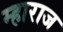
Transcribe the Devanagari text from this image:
म्हाराज